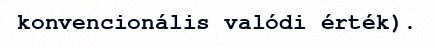
konvencionális valódi érték).